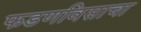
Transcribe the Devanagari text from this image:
फडणविसाचा